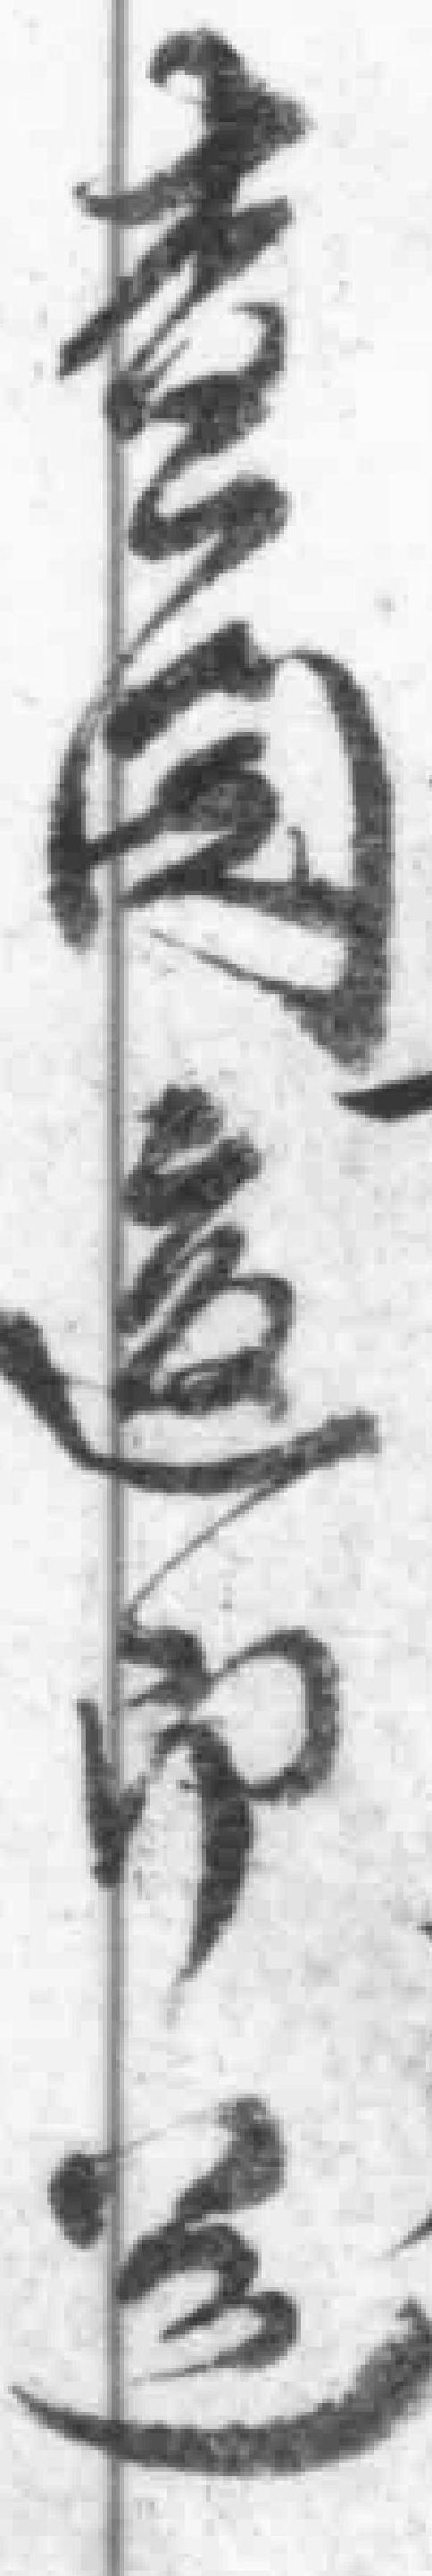
查阅*即运